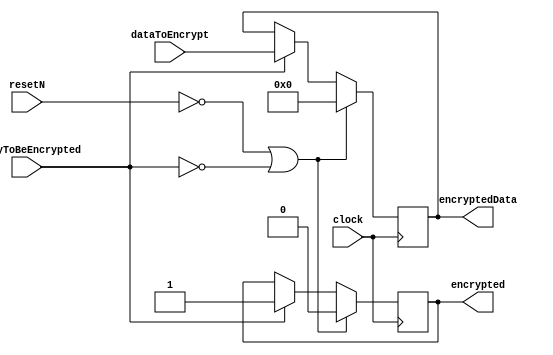
//"readyToBeEncryped" indicates the encryptor needs to encrypt new data available at its input ports
//"encrypted" indicates the encryptor has completed encrypting the data available at its input ports

module Encryptor
(	
	clock,
	resetN,
	readyToBeEncrypted,
	dataToEncrypt,
	encrypted,
	encryptedData
);

input clock;
input resetN;
input readyToBeEncrypted;
input [15:0] dataToEncrypt;
output reg encrypted;
output reg [15:0] encryptedData;

always @(posedge clock)
begin
	if (!resetN || !readyToBeEncrypted)
	begin
		encrypted <= 0; //If reset or idle, set output ports to zero
		encryptedData <= 0;
	end
	
	else if (readyToBeEncrypted) //If the submatrix is ready to be encrypted
	begin
		encryptedData <= dataToEncrypt; //No encryption is currently done
		encrypted <= 1; //Indicates encryption is completed
	end
end
endmodule